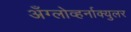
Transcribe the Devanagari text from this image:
अँग्लोव्हर्नाक्युलर